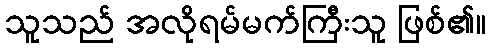
သူသည် အလိုရမ်မက်ကြီးသူ ဖြစ်၏။